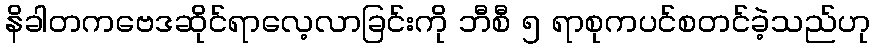
နိခါတကဗေဒဆိုင်ရာလေ့လာခြင်းကို ဘီစီ ၅ ရာစုကပင်စတင်ခဲ့သည်ဟု